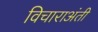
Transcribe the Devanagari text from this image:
विचाराअंती